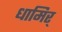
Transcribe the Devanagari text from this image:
धामिर्